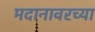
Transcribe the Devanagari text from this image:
मदानावरच्या